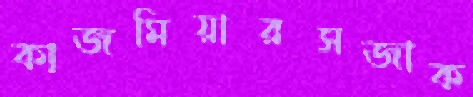
কাজমিয়ারসজাক